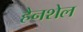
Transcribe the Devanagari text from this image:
हैनशेल